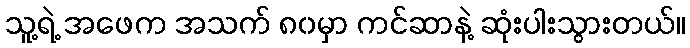
သူ့ရဲ့ အဖေက အသက် ၈၀မှာ ကင်ဆာနဲ့ ဆုံးပါးသွားတယ်။